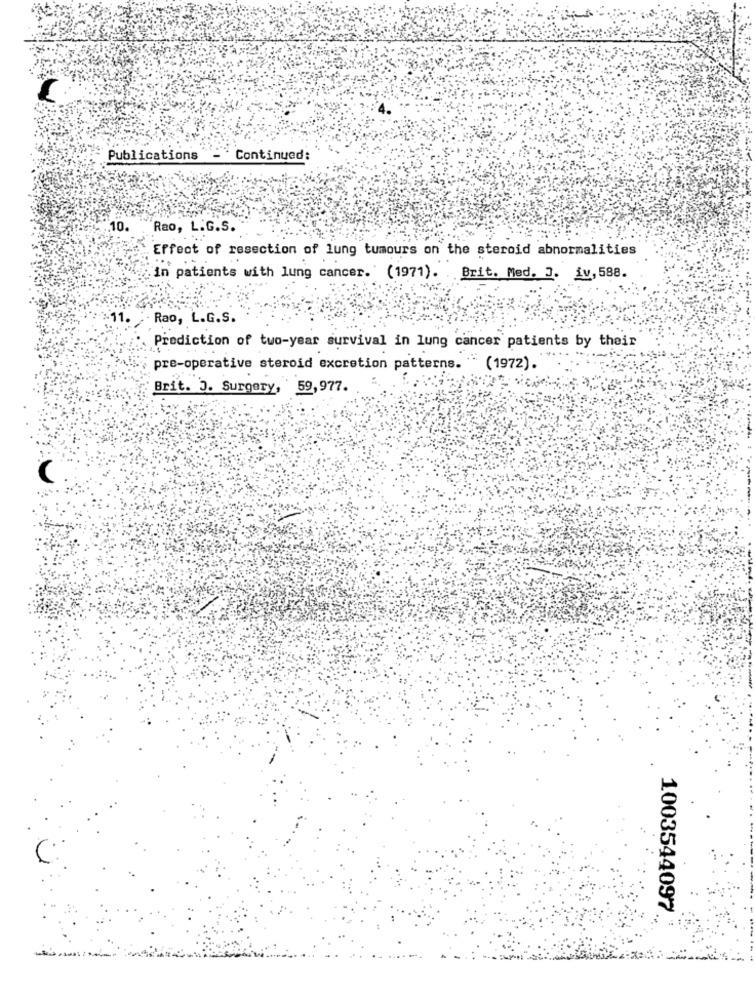
Publications
Continued:
10.
Rao, L.G.S.
Effect of resection of lung tumours on the steroid abnormalities
in patients with lung cancer. (1971). Brit. Med. J. iv, 588.
Rao, L.G.S.
Prediction of two-year survival in lung cancer patients by their
pre-operative steroid excretion patterns. (1972).
Brit. J. Surgery, 59,977.
C
1003544097
---